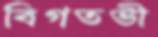
বিগতভী